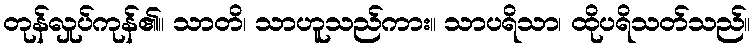
တုန်လှုပ်ကုန်၏။ သာတိ၊ သာဟူသည်ကား။ သာပရိသာ၊ ထိုပရိသတ်သည်။